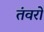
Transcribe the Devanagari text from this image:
तंवरों